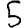
Digit: 5